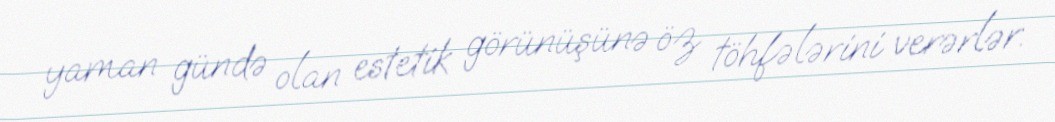
yaman gündə olan estetik görünüşünə öz töhfələrini verərlər.